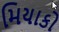
મિયાકો